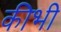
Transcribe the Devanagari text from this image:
कीभी